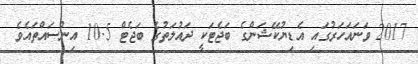
2017 ވަނައަހަރުގައި އެޑިޔުކޭޝަންގެ ބަޖެޓަކީ ދައުލަތުގެ ބަޖެޓް 10.5 އިންސައްތައެވެ